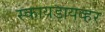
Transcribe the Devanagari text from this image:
स्कायडायव्हर